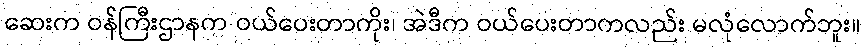
ဆေးက ဝန်ကြီးဌာနက ဝယ်ပေးတာကိုး၊ အဲဒီက ဝယ်ပေးတာကလည်း မလုံလောက်ဘူး။